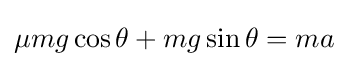
\mu mg\cos \theta +mg\sin \theta =ma